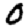
Digit: 0